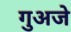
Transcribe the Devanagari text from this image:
गुअजे